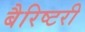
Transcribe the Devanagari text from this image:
बैरिष्टरी